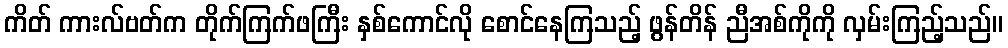
ကိတ် ကားလ်ဗတ်က တိုက်ကြက်ဖကြီး နှစ်ကောင်လို စောင်နေကြသည့် ဖွန်တိန် ညီအစ်ကိုကို လှမ်းကြည့်သည်။